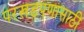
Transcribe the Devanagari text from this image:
परखडपणासाठी